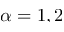
\alpha = 1 , 2